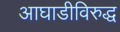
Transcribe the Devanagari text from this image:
आघाडीविरुद्ध